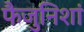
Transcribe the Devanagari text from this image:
फैजुनिशां